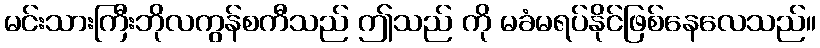
မင်းသားကြီးဘိုလကွန်စကီသည် ဤသည် ကို မခံမရပ်နိုင်ဖြစ်နေလေသည်။